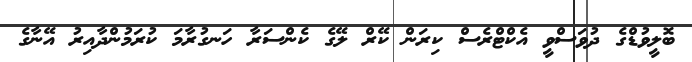
ބޮލީވުޑްގެ ދުވަސްވީ އެކްޓްރެސް ކިރަން ކޭރް ލޭގެ ކެންސަރާ ހަނގުރާމަ ކުރަމުންދާއިރު އޭނާގެ